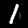
Label: 1